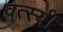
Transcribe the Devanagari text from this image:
वर्त्स्य।